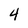
Character: 4